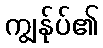
ကျွန်ုပ်၏